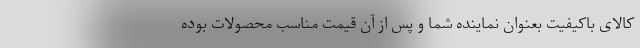
کالای باکیفیت بعنوان نماینده شما و پس از آن قیمت مناسب محصولات بوده